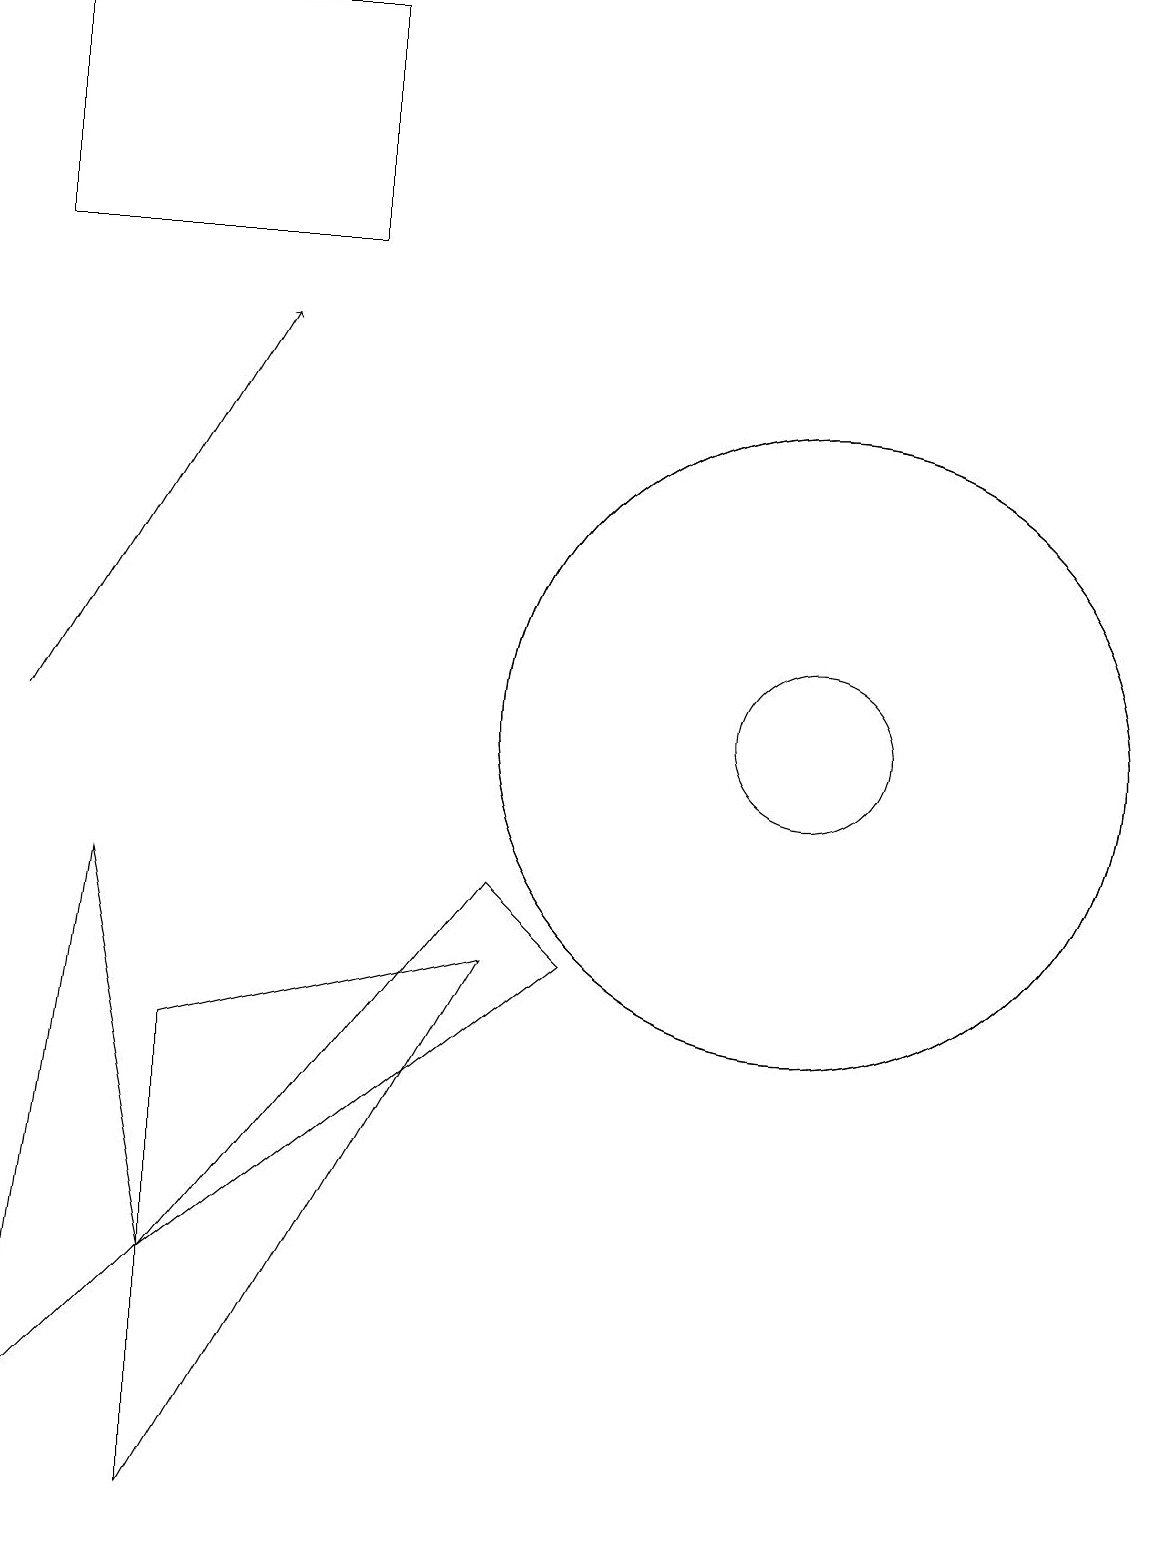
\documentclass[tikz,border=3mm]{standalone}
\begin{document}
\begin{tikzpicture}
\draw (8,7) -- (3,3) -- (7,8) -- cycle;
\draw[->] (1,10) -- (4,15);
\draw (3,6) -- (7,7) -- (3,0) -- cycle;
\draw (11,10) circle (4);
\draw (3,3) -- (1,1) -- (2,8) -- cycle;
\draw (11,10) circle (4);
\draw (11,10) circle (1);
\draw (5,19) rectangle (1,16);
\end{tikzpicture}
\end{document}